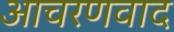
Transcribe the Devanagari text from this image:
आचरणवाद